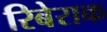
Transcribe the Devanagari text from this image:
रिबेराक